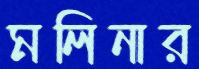
মলিনার